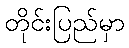
တိုင်းပြည်မှာ